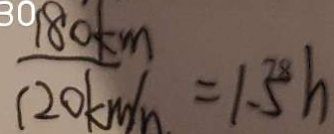
\frac { 1 8 0 k m } { 1 2 0 k m / h } = 1 . 3 h